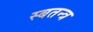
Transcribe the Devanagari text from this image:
स्बतन्त्र